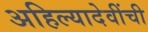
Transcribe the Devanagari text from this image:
अहिल्यादेवींची